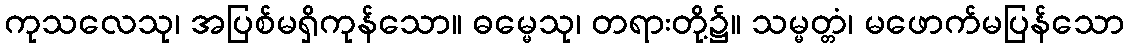
ကုသလေသု၊ အပြစ်မရှိကုန်သော။ ဓမ္မေသု၊ တရားတို့၌။ သမ္မတ္တံ၊ မဖောက်မပြန်သော